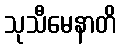
သုသီမေနာတိ